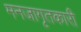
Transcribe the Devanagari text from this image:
मनजागृतकारी